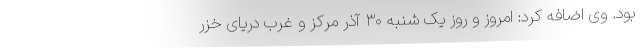
بود. وی اضافه کرد: امروز و روز یک شنبه ۳۰ آذر مرکز و غرب دریای خزر